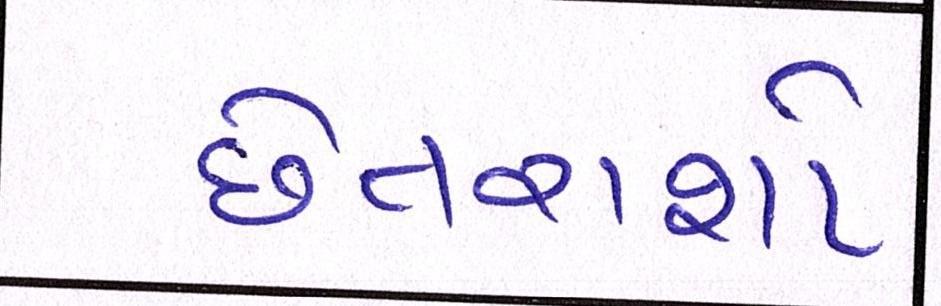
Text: છેતરાશો